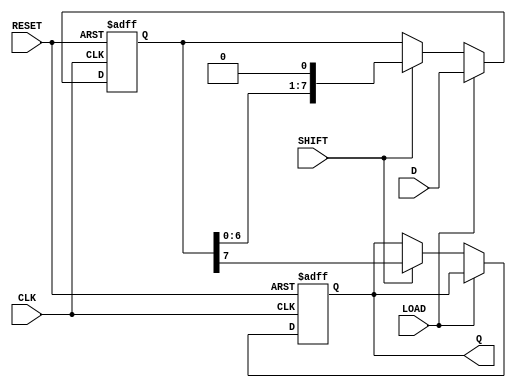
module Dynamic_PISO_Register #(
    parameter WIDTH = 8 // Parameter for the width of the register (number of parallel input lines)
)(
    input wire [WIDTH-1:0] D,    // Parallel data input lines
    input wire LOAD,               // Load signal
    input wire SHIFT,              // Shift signal
    input wire CLK,                // Clock signal
    input wire RESET,              // Reset signal
    output reg Q                  // Serial output
);

    // Register to hold the data
    reg [WIDTH-1:0] shift_reg;     // Shift register

    always @(posedge CLK or posedge RESET) begin
        if (RESET) begin
            // On reset, clear the shift register
            shift_reg <= 0;
            Q <= 0;
        end else if (LOAD) begin
            // On LOAD signal, load the data into the shift register
            shift_reg <= D;
        end else if (SHIFT) begin
            // On SHIFT signal, shift the data out serially
            Q <= shift_reg[WIDTH-1]; // Output the MSB
            shift_reg <= {shift_reg[WIDTH-2:0], 1'b0}; // Shift left
        end
    end

endmodule